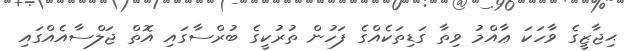
ޙިޖާޒީގެ ވާހަކަ ޢާއްމު ވިތާ ގަޑިތަކެއްގެ ފަހުން ތުރުކީގެ ބުރްސާގައި އޮތް ޖަލްސާއެއްގައި